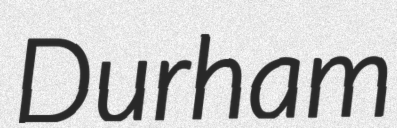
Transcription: Durham